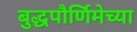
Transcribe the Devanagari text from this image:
बुद्धपौर्णिमेच्या